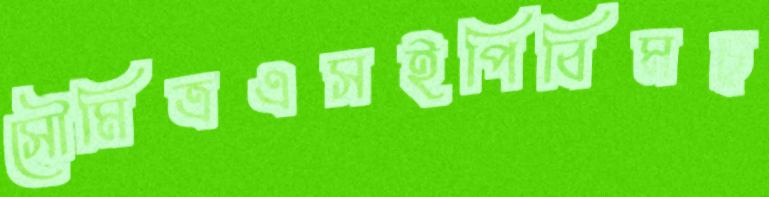
সৌমিত্রএসইপিবিমচ্